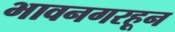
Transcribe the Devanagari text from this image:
भावनगरहून